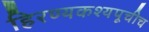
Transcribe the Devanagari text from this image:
हिरण्यकश्यपूचीच